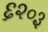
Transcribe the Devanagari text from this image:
६२०३